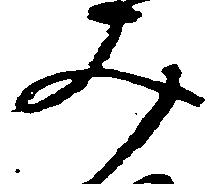
み